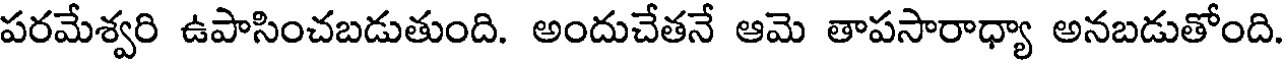
పరమేశ్వరి ఉపాసించబడుతుంది. అందుచేతనే ఆమె తాపసారాధ్యా అనబడుతోంది